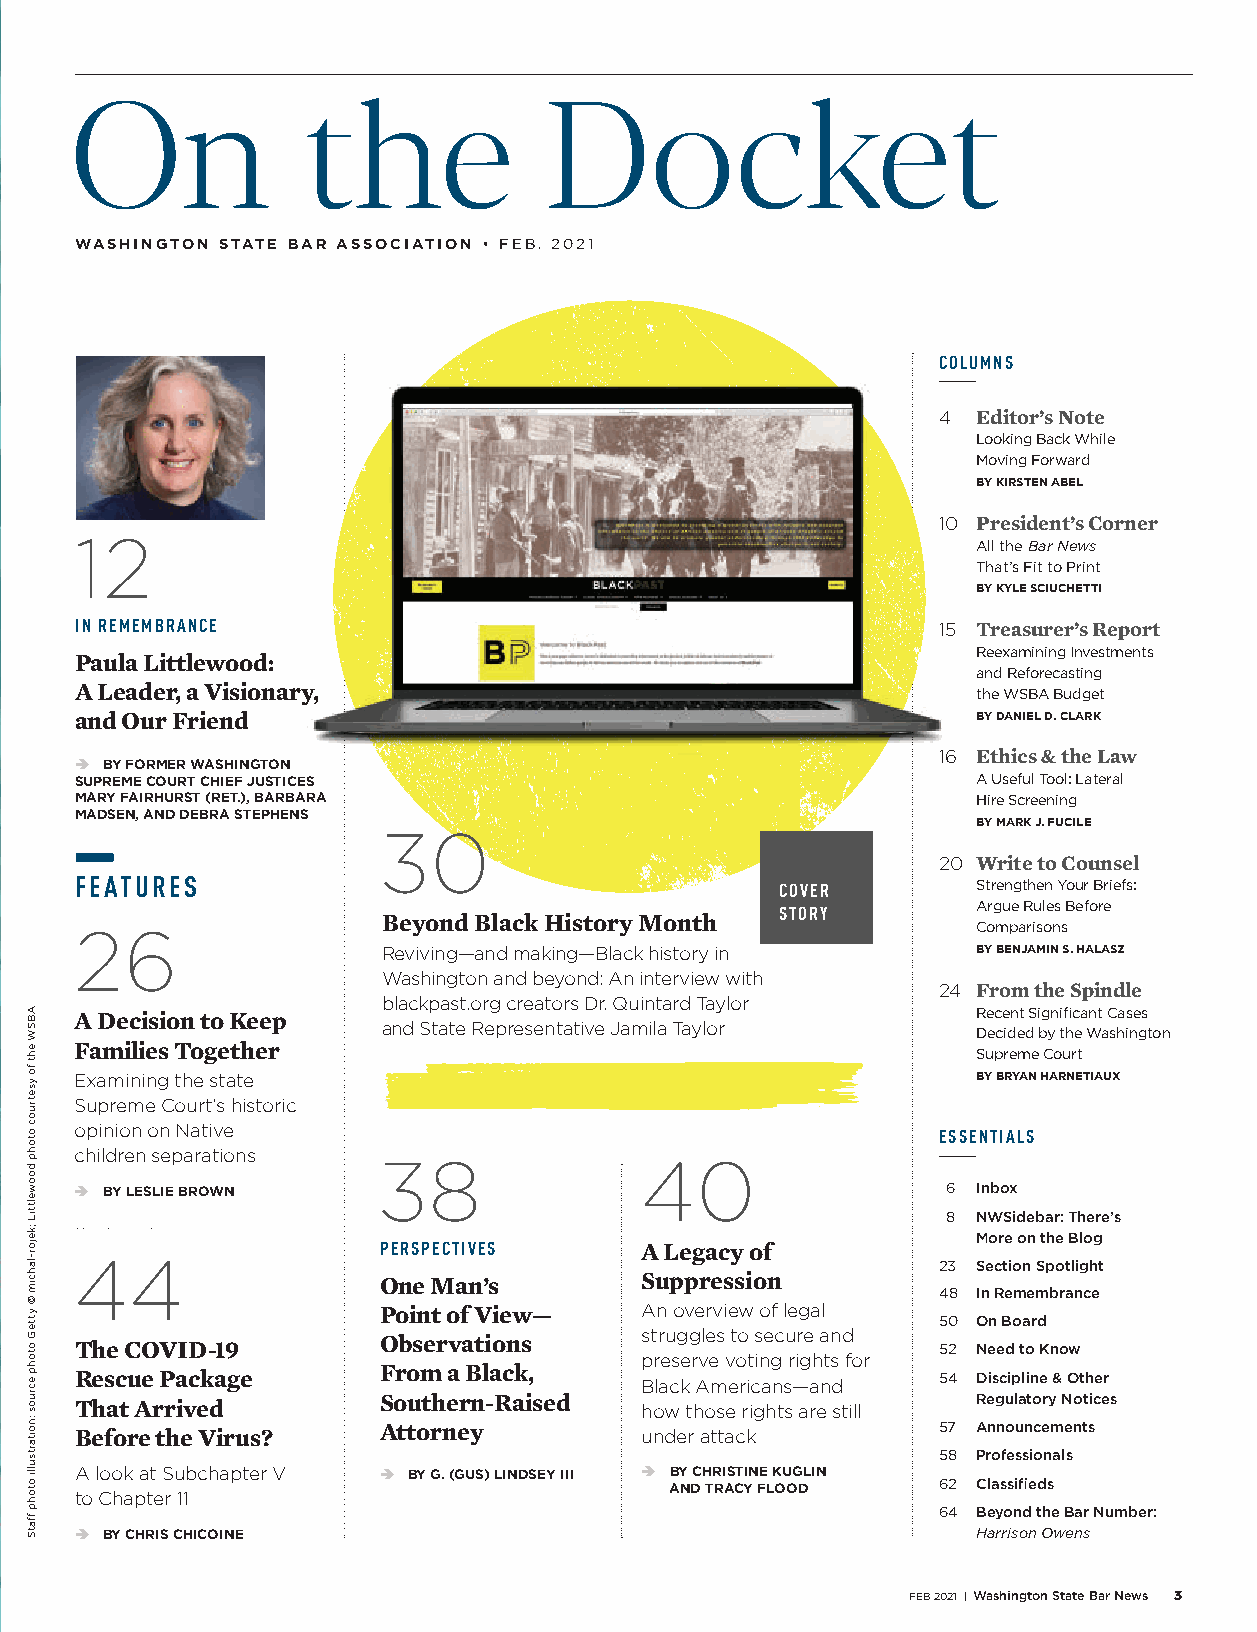
On             the             Docket
 WASHINGTON STATE BAR ASSOCIATION • FEB. 2021
 COLUMNS
 4  Editor’s Note
 Looking Back While
 Moving Forward
 BY KIRSTEN ABEL
 10 President’s Corner
 12
 All the Bar News
 That’s Fit to Print
 BY KYLE SCIUCHETTI
 IN REMEMBRANCE                                           15 Treasurer’s Report
 Reexamining Investments
 Paula Littlewood:
 and Reforecasting
 A Leader, a Visionary,                                      the WSBA Budget
 and Our Friend                                              BY DANIEL D. CLARK
 16 Ethics & the Law
  BY FORMER WASHINGTON
 SUPREME COURT CHIEF JUSTICES                                A Useful Tool: Lateral
 MARY FAIRHURST (RET.), BARBARA                              Hire Screening
 MADSEN, AND DEBRA STEPHENS
 BY MARK J. FUCILE
 30
 20 Write to Counsel
 FEATURES                                       COVER        Strengthen Your Briefs:
 STORY        Argue Rules Before
 Beyond Black History Month
 26                                                          Comparisons
 Reviving—and making—Black history in    BY BENJAMIN S. HALASZ
 Washington and beyond: An interview with
 24 From the Spindle
 blackpast.org creators Dr. Quintard Taylor
 A Decision to Keep                                          Recent Significant Cases
 and State Representative Jamila Taylor
 Decided by the Washington
 Families Together                                           Supreme Court
 Examining the state                                         BY BRYAN HARNETIAUX
 Supreme Court’s historic
 opinion on Native                                        ESSENTIALS
 children separations
 38               40
  BY LESLIE BROWN                                         6 Inbox
 8 NWSidebar: There’s
 More on the Blog
 PERSPECTIVES     A Legacy of
 44
 23 Section Spotlight
 One Man’s        Suppression
 48 In Remembrance
 Point of View—   An overview of legal
 50 On Board
 struggles to secure and
 The COVID-19        Observations                         52 Need to Know
 preserve voting rights for
 Rescue Package      From a Black,    Black Americans—and 54 Discipline & Other
 That Arrived        Southern-Raised  how those rights are still Regulatory Notices
 Before the Virus?   Attorney         under attack        57 Announcements
 58 Professionals
 A look at Subchapter V  BY G. (GUS) LINDSEY III  BY CHRISTINE KUGLIN
 AND TRACY FLOOD   62 Classifieds
 to Chapter 11
 64 Beyond the Bar Number:
  BY CHRIS CHICOINE                                         Harrison Owens
 FEB 2021 | Washington State Bar News 3
 ABSW
 eht
 fo
 ysetruoc
 otohp
 doowelttiL
 ;kejor-lahcim
 ©
 ytteG
 otohp
 ecruos
 :noitartsulli
 otohp
 ffatS